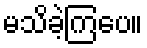
မသိခဲ့ကြပေ။